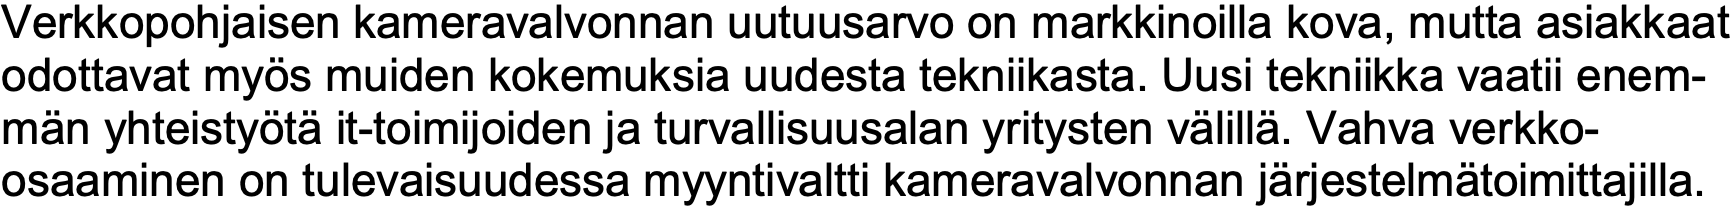
Verkkopohjaisen kameravalvonnan uutuusarvo on markkinoilla kova, mutta asiakkaat odottavat myös muiden kokemuksia uudesta tekniikasta. Uusi tekniikka vaatii enem- män yhteistyötä it-toimijoiden ja turvallisuusalan yritysten välillä. Vahva verkko- osaaminen on tulevaisuudessa myyntivaltti kameravalvonnan järjestelmätoimittajilla.